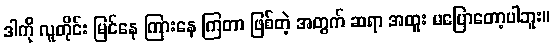
ဒါကို လူတိုင်း မြင်နေ ကြားနေ ကြတာ ဖြစ်တဲ့ အတွက် ဆရာ အထူး မပြောတော့ပါဘူး။